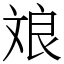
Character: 斏